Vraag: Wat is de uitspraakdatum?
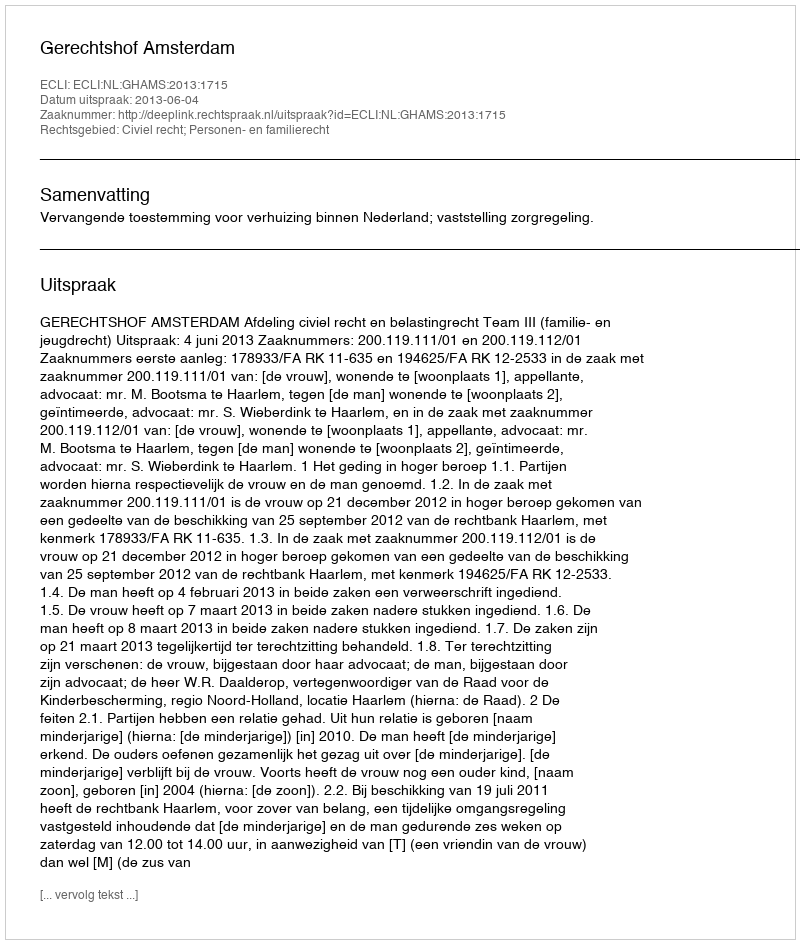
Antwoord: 2013-06-04